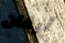
أيفان